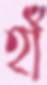
হাঁ